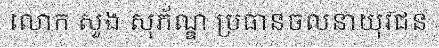
លោក សួង សុភ័ណ្ឌ ប្រធានចលនាយុវជន